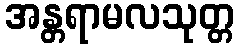
အန္တရာမလသုတ္တ